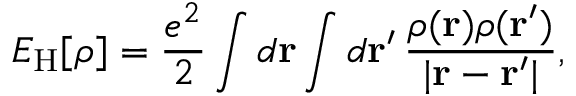
E _ { \mathrm { H } } [ \rho ] = { \frac { e ^ { 2 } } { 2 } } \int d \mathbf { r } \int d \mathbf { r } ^ { \prime } \, { \frac { \rho ( \mathbf { r } ) \rho ( \mathbf { r } ^ { \prime } ) } { | \mathbf { r } - \mathbf { r } ^ { \prime } | } } ,